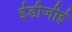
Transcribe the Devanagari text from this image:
ईडीजीई